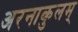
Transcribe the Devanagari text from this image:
अरनाकुलम्‌